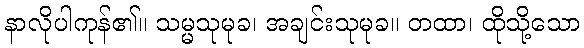
နာလိုပါကုန်၏။ သမ္မသုမုခ၊ အချင်းသုမုခ။ တထာ၊ ထိုသို့သော